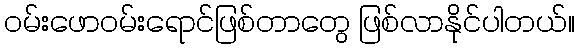
ဝမ်းဖောဝမ်းရောင်ဖြစ်တာတွေ ဖြစ်လာနိုင်ပါတယ်။